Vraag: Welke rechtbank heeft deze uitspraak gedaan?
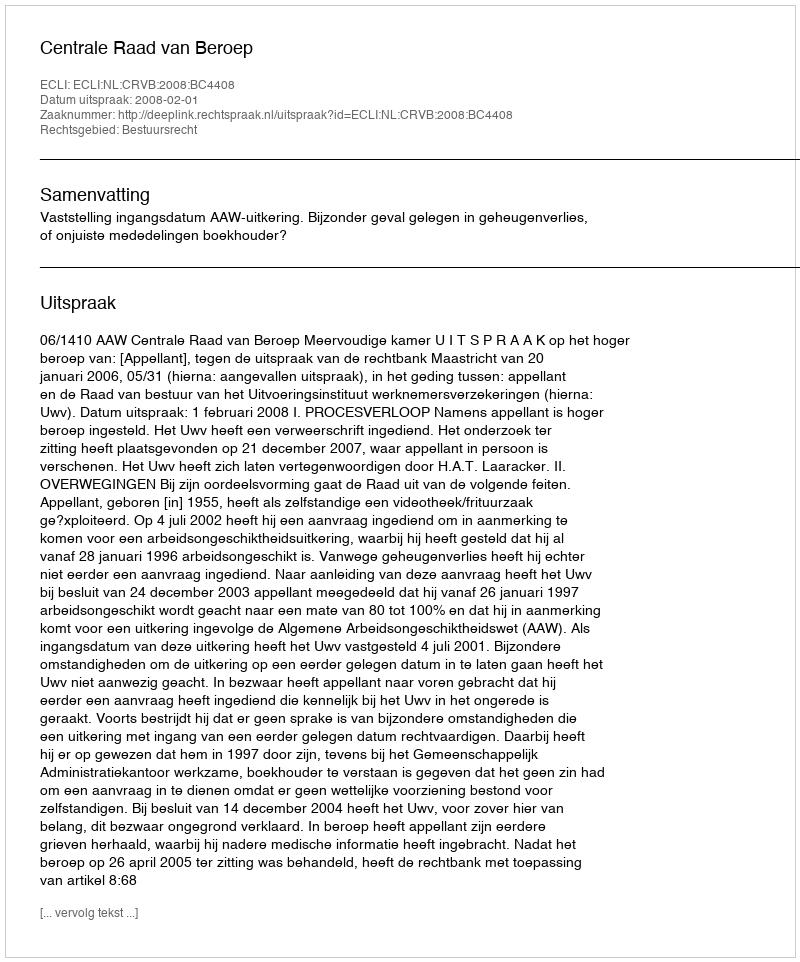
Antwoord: Centrale Raad van Beroep